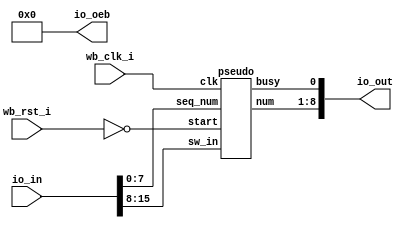
`default_nettype none
module user_proj_example #(parameter AWIDTH=5, DWIDTH=9, BITS = 16
)(

	`ifdef USE_POWER_PINS
		inout vdd,	// User area 1 1.8V supply
		inout vss,	// User area 1 digital ground
	`endif
	
    // Include the Caravel Ports to connect the inputs and outputs
	input wb_clk_i,
	input wb_rst_i,
	input  [BITS-1:0] io_in,
    output [DWIDTH-1:0] io_out,
	output [DWIDTH-1:0] io_oeb
);

    wire clk = wb_clk_i;
    wire rst = !wb_rst_i;
    wire [DWIDTH-2:0] out;
	wire busy;

	assign io_oeb = 1'b0;

	pseudo pseudo (
		.clk(clk),
		.start(rst),
		.sw_in(io_in[15:8]),
		.seq_num(io_in[7:0]),
		.num(out),
		.busy(busy)
	);
	assign io_out = {out, busy};
	
endmodule

module pseudo_controller (
	input      clk,
	input      start,
	input      i_equals_8,
	input      switches0_equals_1,
	input      j_equals_seq_num,
	output reg busy_en,
	output reg busy_s,
	output reg num_en,
	output reg num_s,
	output reg i_en,
	output reg i_s,
	output reg j_en,
	output reg j_s,
	output reg tap0_en,
	output reg tap0_s,
	output reg tap1_en,
	output reg tap1_s,
	output reg switches_en,
	output reg switches_s,
	output reg seq_num_en,
	output reg seq_num_s
	);
	
	parameter WAIT          = 5'd0;
	parameter INIT          = 5'd1;
	parameter FIND_TAP0     = 5'd2;
	parameter UPDATE_TAP0   = 5'd3;
	parameter FIND_TAP1     = 5'd4;
	parameter UPDATE_TAP1   = 5'd5;
	parameter CALCULATE     = 5'd6;
	parameter FINISH        = 5'd7;
	
	reg [2:0] state = WAIT;
	reg [2:0] next_state;
	
	always @(posedge clk)
		state <= next_state;
		
	always @(*) begin
		busy_en     = 0;
		busy_s      = 0;
		i_en        = 0;
		i_s         = 0;
		j_en        = 0;
		j_s         = 0;
		num_en      = 0;
		num_s       = 0;
		tap0_en     = 0;
		tap0_s      = 0;
		tap1_en     = 0;
		tap1_s      = 0;
		switches_en = 0;
		switches_s  = 0;
		seq_num_en  = 0;
		seq_num_s   = 0;
		
		case (state)
	
			WAIT:	begin
				busy_en = 1;
				if (start)
					next_state = INIT;
				else
					next_state = WAIT;
			end
			
			INIT:	begin
				busy_en     = 1;
				i_en        = 1;
				j_en        = 1;
				num_en      = 1;
				tap0_en     = 1;
				tap1_en     = 1;
				switches_en = 1;
				seq_num_en  = 1;
				busy_s      = 1;
				next_state  = FIND_TAP0;
			end
			
			FIND_TAP0: begin
				i_en        = 1;
				i_s         = 1;
				switches_en = 1;
				switches_s  = 1;
				if (i_equals_8)
					next_state = CALCULATE;
				else if (switches0_equals_1)
					next_state = UPDATE_TAP0;
				else
					next_state = FIND_TAP0;
			end
			
			UPDATE_TAP0: begin
				tap0_en = 1;
				tap0_s  = 1;
				next_state = FIND_TAP1;
			end
			
			FIND_TAP1: begin
				i_en        = 1;
				i_s         = 1;
				switches_en = 1;
				switches_s  = 1;
				if (i_equals_8)
					next_state = CALCULATE;
				else if (switches0_equals_1)
					next_state = UPDATE_TAP1;
				else
					next_state = FIND_TAP1;
			end
			
			UPDATE_TAP1: begin
				tap1_en = 1;
				tap1_s  = 1;
				next_state = CALCULATE;
			end
			
			CALCULATE: begin
				j_en        = 1;
				j_s         = 1;
				num_en      = 1;
				num_s       = 1;
				if (j_equals_seq_num)
					next_state = FINISH;
				else
					next_state = CALCULATE;
			end
			
			FINISH: begin
				busy_en    = 1;
				next_state = WAIT;
			end
			
			default:
				next_state = WAIT;
				
		endcase
	end
	
endmodule


module pseudo_datapath (
	input clk,
	input [7:0] switches,
	input [7:0] seq_num,
	input busy_en,
	input busy_s,
	input i_en,
	input i_s,
	input j_en,
	input j_s,
	input num_en,
	input num_s,
	input tap0_en,
	input tap0_s,
	input tap1_en,
	input tap1_s,
	input switches_en,
	input switches_s,
	input seq_num_en,
	input seq_num_s,
	output i_equals_8,
	output switches0_equals_1,
	output j_equals_seq_num,
	output reg [7:0] num,
	output reg busy
   );
   
	initial busy = 0;
	
	reg [3:0] i          = -1;
	reg [7:0] j          = 0;
	reg [3:0] tap0 = 0;
	reg [3:0] tap1 = 1;
	reg [7:0] switch_shift;
	
//initial switch_shift = switches;
	
	always @ (posedge clk)
		if (switches_en)
			if (~switches_s)
				switch_shift <= switches;
			else
				switch_shift <= switch_shift >> 1;

	
	always @ (posedge clk)
		if (busy_en)
			if (~busy_s)
				busy <= 0;
			else
				busy <= 1;
				
	always @(posedge clk)
		if (i_en)
			if (~i_s)
				i <= -1;
			else
				i <= i + 1;
				
	always @(posedge clk)
		if (j_en)
			if (~j_s)
				j <= 0;
			else
				j <= j + 1;
				
	always @(posedge clk)
		if (tap0_en)
			if (~tap0_s)
				tap0 <= 1;
			else
				tap0 <=i;
				
	always @(posedge clk)
		if (tap1_en)
			if (~tap1_s)
				tap1 <= 0;
			else
				tap1 <=i;
				
	always @(posedge clk)
		if (num_en)
			if (~num_s)
				num <= 1;
			else
				num <= {num[6:0], num[tap0] ^ num[tap1]};
				
	assign i_equals_8 = (i == 8);
	assign switches0_equals_1 = (switch_shift[0] == 1);
	assign j_equals_seq_num = (j == seq_num);
	
endmodule


module pseudo (
	input         clk,
   	input         start,
	input [7:0]   sw_in,
	input [7:0]   seq_num,
	output [7:0]  num,
   	output        busy
);
	
	wire busy_en;
	wire busy_s;
	wire i_en;
	wire i_s;
	wire j_en;
	wire j_s;
	wire num_en;
	wire num_s;
	wire tap0_en;
	wire tap0_s;
	wire tap1_en;
	wire tap1_s;
	wire switches_en;
	wire switches_s;
	wire seq_num_en;
	wire seq_num_s;
	wire i_equals_8;
	wire switches0_equals_1;
	wire j_equals_seq_num;
	
	pseudo_controller controller (
		.clk          (clk),
		.start        (start),
		.busy_en      (busy_en),
		.busy_s       (busy_s),
		.num_en       (num_en),
		.num_s        (num_s),
		.i_en         (i_en),
		.i_s          (i_s),
		.j_en			  (j_en),
		.j_s			  (j_s),
		.tap0_en      (tap0_en),
		.tap0_s       (tap0_s),
		.tap1_en      (tap1_en),
		.tap1_s       (tap1_s),
		.switches_en  (switches_en),
		.switches_s   (switches_s),
		.seq_num_en   (seq_num_en),
		.seq_num_s    (seq_num_s),
		.i_equals_8         (i_equals_8),
		.switches0_equals_1 (switches0_equals_1),
		.j_equals_seq_num   (j_equals_seq_num)
	);
	
	pseudo_datapath datapath (
		.clk                (clk),
		.switches           (sw_in),
		.seq_num            (seq_num),
		.busy_en            (busy_en),
		.busy_s             (busy_s),
		.num_en             (num_en),
		.num_s              (num_s),
		.i_en               (i_en),
		.i_s                (i_s),
		.j_en               (j_en),
		.j_s                (j_s),
		.tap0_en            (tap0_en),
		.tap0_s             (tap0_s),
		.tap1_en            (tap1_en),
		.tap1_s             (tap1_s),
		.switches_en        (switches_en),
		.switches_s         (switches_s),
		.seq_num_en         (seq_num_en),
		.seq_num_s          (seq_num_s),
		.i_equals_8         (i_equals_8),
		.switches0_equals_1 (switches0_equals_1),
		.j_equals_seq_num   (j_equals_seq_num),
		.num                (num),
		.busy               (busy)
	);
	
endmodule
/* End EFabless Harness project with `default_nettype wire */
`default_nettype wire